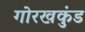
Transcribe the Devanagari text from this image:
गोरखकुंड